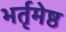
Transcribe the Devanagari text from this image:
भर्तृमेष्ठ